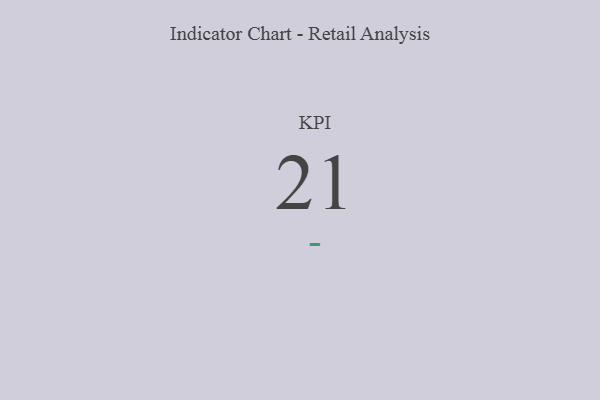
{"axis": {"x": "KPI", "y": "Value"}, "legend": [""], "data": [{"x": "KPI", "y": 21, "type": ""}]}